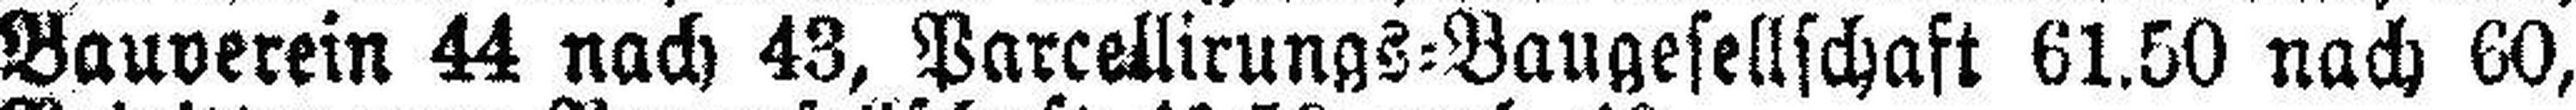
Bauverein 44 nach 43, Parcellirungs=Baugesellschaft 61.50 nach 60,